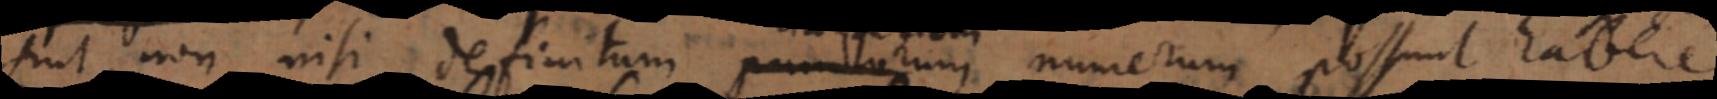
sint, non nisi definitum linearum numerum possunt habere